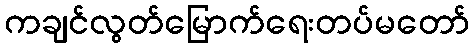
ကချင်လွတ်မြောက်ရေးတပ်မတော်